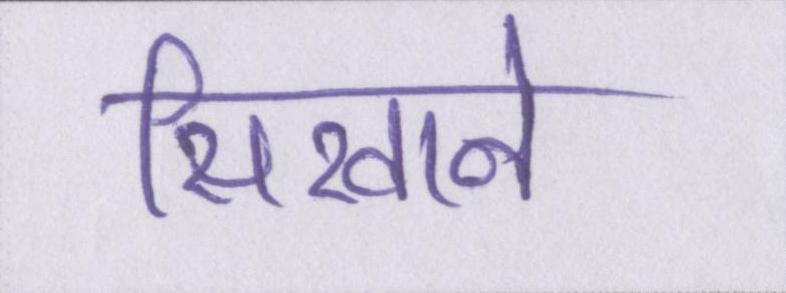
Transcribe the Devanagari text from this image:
सिखाने